Source: Computer-generated
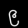
Digit: ၉ (9)